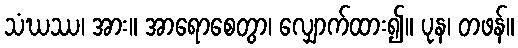
သံဃဿ၊ အား။ အာရောစေတွာ၊ လျှောက်ထား၍။ ပုန၊ တဖန်။